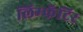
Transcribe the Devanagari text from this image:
लिम्फॅटिर